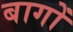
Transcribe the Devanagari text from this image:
बागोँ